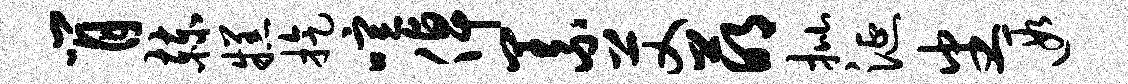
肖赫糕旋喧倬义艾萌批涎番遐